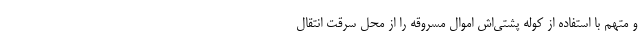
و متهم با استفاده از کوله پشتی‌اش اموال مسروقه را از محل سرقت انتقال